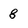
Character: 8